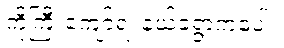
ကိုကြီးကျော်ရဲ့ နယ်ခံရွာကပေါ့။